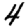
Digit: 4